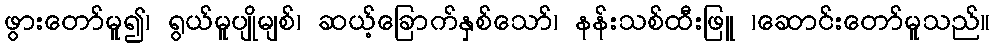
ဖွားတော်မူ၍၊ ရွယ်မူပျိုမျစ်၊ ဆယ့်ခြောက်နှစ်သော်၊ နန်းသစ်ထီးဖြူ ၊ဆောင်းတော်မူသည်။